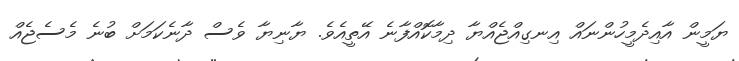
ޔަމީން އާއިދެމީހުންނައް އިނގިއްޖެއްޔާ ދިމާކޮއްފާނެ އޭތީއެވެ. ޔާނިޔާ ވެސް ދާނެކަމަށް ބުނެ މެސެޖެއް